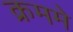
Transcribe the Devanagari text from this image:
क्रममे